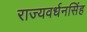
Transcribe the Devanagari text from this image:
राज्यवर्धनसिंह